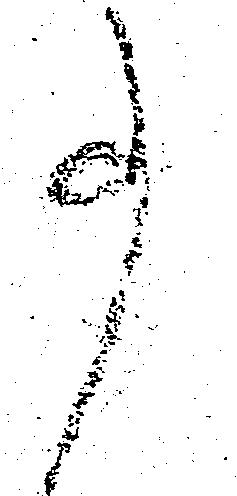
事